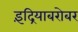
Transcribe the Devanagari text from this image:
इंद्रियाबरोबर